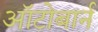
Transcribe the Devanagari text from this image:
ऑटोबार्न